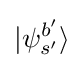
|\psi _{s'}^{b'}\rangle